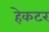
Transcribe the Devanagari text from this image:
हेकटर